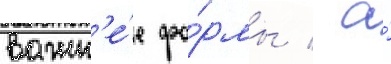
важн'е́е фо́рмы / а́